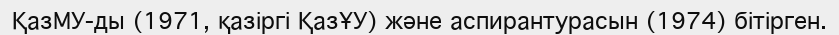
ҚазМУ-ды (1971, қазіргі ҚазҰУ) және аспирантурасын (1974) бітірген.